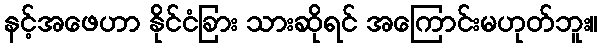
နင့်အဖေဟာ နိုင်ငံခြား သားဆိုရင် အကြောင်းမဟုတ်ဘူး။